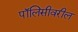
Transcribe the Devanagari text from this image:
पॉलिसीवरील